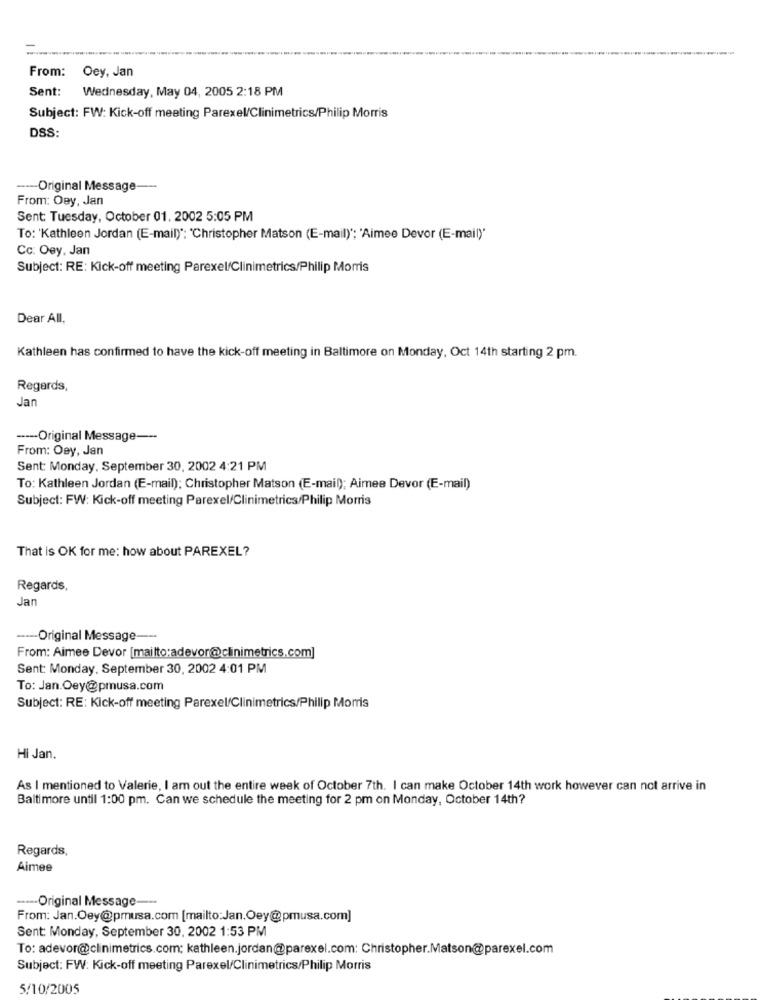
From: Oey, Jan
Sent: Wednesday, May 04, 2005 2:18 PM
Subject: FW: Kick-off meeting Parexel/Clinimetrics/Philip Morris
DSS:
--- Original Message --
From: Oey, Jan
Sent: Tuesday, October 01, 2002 5:05 PM
To: 'Kathleen Jordan (E-mail) *: 'Christopher Matson (E-mail) *; 'Aimee Devor (E-mail)'
Cc: Oey. Jan
Subject: RE: Kick-off meeting Parexel/Clinimetrics/Philip Morris
Dear All,
Kathleen has confirmed to have the kick-off meeting in Baltimore on Monday, Oct 14th starting 2 pm.
Regards,
Jan
--- Original Message ---
From: Oey, Jan
Sent: Monday, September 30, 2002 4:21 PM
To: Kathleen Jordan (E-mail): Christopher Matson (E-mail); Aimee Devor (E-mail)
Subject: FW: Kick-off meeting Parexel/Clinimetrics/Philip Morris
That is OK for me: how about PAREXEL?
Regards,
Jan
---- Original Message ---
From: Aimee Devor [mailto:adevor@clinimetrics.com]
Sent: Monday, September 30, 2002 4:01 PM
To: Jan.Oey@pmusa.com
Subject: RE: Kick-off meeting Parexel/Clinimetrics/Philip Morris
Hi Jan.
As I mentioned to Valerie, I am out the entire week of October 7th. I can make October 14th work however can not arrive in
Baltimore until 1:00 pm. Can we schedule the meeting for 2 pm on Monday, October 14th?
Regards,
Aimee
----- Original Message ---
From: Jan.Oey@pmusa.com [mailto:Jan.Oey@pmusa.com]
Sent: Monday, September 30, 2002 1:53 PM
To: adevor@clinimetrics.com; kathleen.jordan@parexel.com: Christopher.Matson@parexel.com
Subject: FW: Kick-off meeting Parexel/Clinimetrics/Philip Morris
5/10/2005